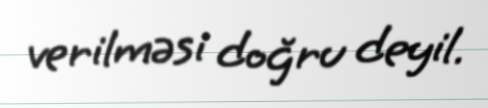
verilməsi doğru deyil.